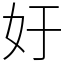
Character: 㚥